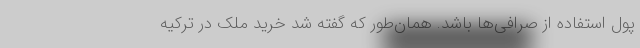
پول استفاده از صرافی‌ها باشد. همان‌طور که گفته شد خرید ملک در ترکیه